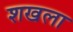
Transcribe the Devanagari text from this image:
शखला